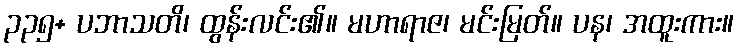
၃၃၅+ ပဘာသတိ၊ ထွန်းလင်း၏။ မဟာရာဇ၊ မင်းမြတ်။ ပန၊ အထူးကား။